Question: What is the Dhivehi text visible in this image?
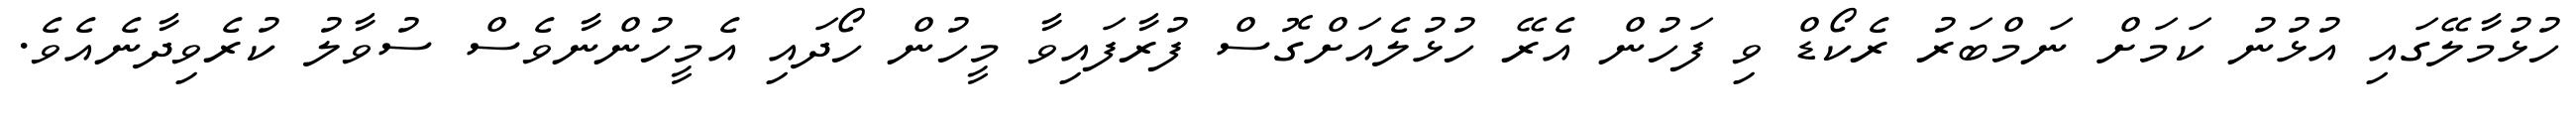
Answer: ހުޅުމާލޭގައި އުޅުނު ކަމަށް ނަމްބަރު ރެކޯޑް ވި ފަހުން އެރޭ ހުޅުލެއަށްގޮސް ފުރާފައިވާ މީހުން ހޯދައި އެމީހުންނާވެސް ސުވާލު ކުރެވިދާނެއެވެ.